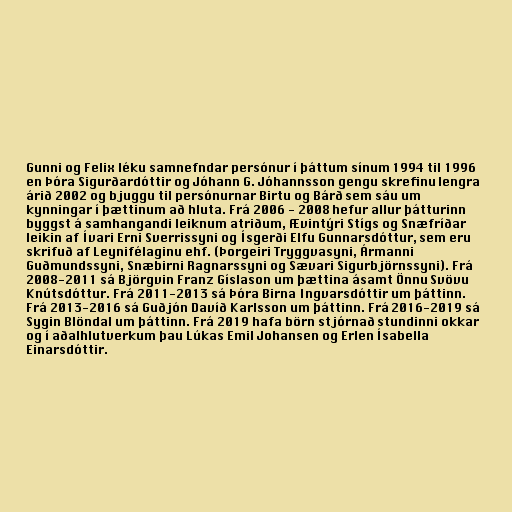
Gunni og Felix léku samnefndar persónur í þáttum sínum 1994 til 1996
en Þóra Sigurðardóttir og Jóhann G. Jóhannsson gengu skrefinu lengra
árið 2002 og bjuggu til persónurnar Birtu og Bárð sem sáu um
kynningar í þættinum að hluta. Frá 2006 - 2008 hefur allur þátturinn
byggst á samhangandi leiknum atriðum, Ævintýri Stígs og Snæfríðar
leikin af Ívari Erni Sverrissyni og Ísgerði Elfu Gunnarsdóttur, sem eru
skrifuð af Leynifélaginu ehf. (Þorgeiri Tryggvasyni, Ármanni
Guðmundssyni, Snæbirni Ragnarssyni og Sævari Sigurbjörnssyni). Frá
2008-2011 sá Björgvin Franz Gíslason um þættina ásamt Önnu Svövu
Knútsdóttur. Frá 2011-2013 sá Þóra Birna Ingvarsdóttir um þáttinn.
Frá 2013-2016 sá Guðjón Davíð Karlsson um þáttinn. Frá 2016-2019 sá
Sygin Blöndal um þáttinn. Frá 2019 hafa börn stjórnað stundinni okkar
og í aðalhlutverkum þau Lúkas Emil Johansen og Erlen Ísabella
Einarsdóttir.